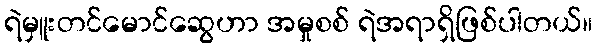
ရဲမှူးတင်မောင်ဆွေဟာ အမှုစစ် ရဲအရာရှိဖြစ်ပါတယ်။